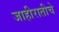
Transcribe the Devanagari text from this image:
जाहीरातीचे